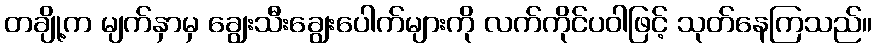
တချို့က မျက်နှာမှ ချွေးသီးချွေးပေါက်များကို လက်ကိုင်ပဝါဖြင့် သုတ်နေကြသည်။